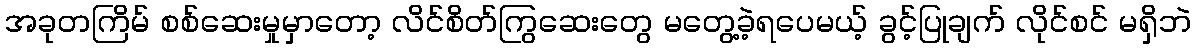
အခုတကြိမ် စစ်ဆေးမှုမှာတော့ လိင်စိတ်ကြွဆေးတွေ မတွေ့ခဲ့ရပေမယ့် ခွင့်ပြုချက် လိုင်စင် မရှိဘဲ